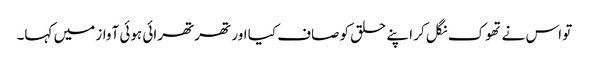
تو اس نے تھوک نگل کر اپنے حلق کو صاف کیا اور تھرتھرائی ہوئی آواز میں کہا۔